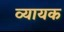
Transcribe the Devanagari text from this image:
व्यायक